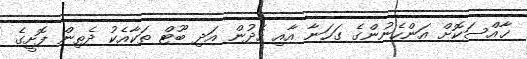
ޚާއްސަކޮށް އަންހެނުންގެ ގަހަނާ އާއި ހެދުން އަދި ބޫޓް ތަކާއެކު ދެތިން ފޮށީގެ